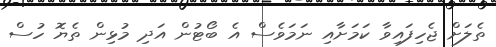
ތެލަށް ޖެހިފައިވާ ކަމަށާއި ނަމަވެސް އެ ބޯޓުން އަދި މުޅިން ތެޔޮ ހުސް